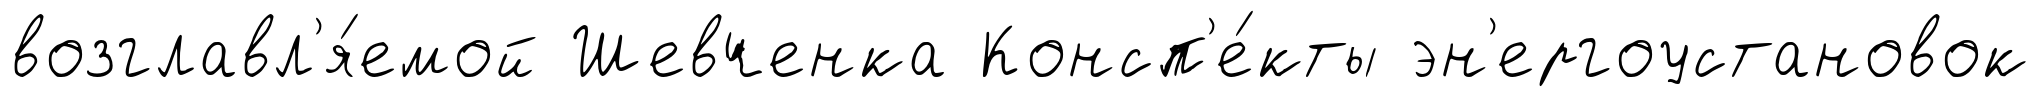
возглавл'я́емой Шевченка Консп'е́кты эн'ергоустановок